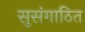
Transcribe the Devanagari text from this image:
सुसंगाठित